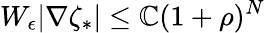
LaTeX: W_{\epsilon}|\nabla\zeta_{*}|\le\mathbb{C}(1+\rho)^{N}